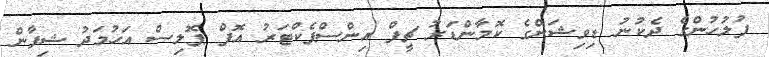
ފުލުހުންގެ ދެކުނު ޑިވިޝަންގެ ކޮމާންޑަރު ޗީފް އިންސްޕެކްޓަރު އޮފް ޕޮލިސް އަހުމަދު ޝިފާން